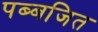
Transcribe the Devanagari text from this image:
पब्बजित